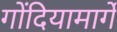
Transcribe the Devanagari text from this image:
गोंदियामार्गे